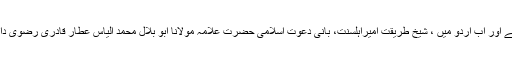
اس سے قبل یہ کتاب مکتبۃ المدینہ سے انگریزی میں welcome to islam کے نام سے شائع ہو چکی ہے اور اب اردو میں ، شیخ طریقت امیراہلسنت، بانی دعوتِ اسلامی حضرت علامہ مولانا ابو بلال محمد الیاس عطار قادری رضوی دامت برکاتہم العالیۃ کی بارگاہِ سے عطا کردہ ’’ اسلام کے بنیادی عقیدے ‘‘ کے نام سے شائع کی جارہی ہے۔